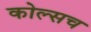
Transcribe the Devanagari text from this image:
कोल्सच